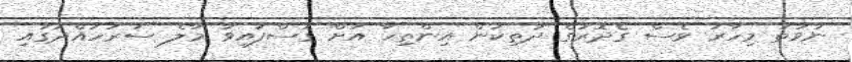
ނުވަތަ މިހާރު ވެސް ގެދޮރުގެ ދަތިކަން އިންތިހާ އަށް ގޮސްފައިވާ މާލެ ސަރަހައްދުގައި